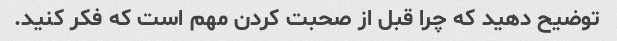
توضیح دهید که چرا قبل از صحبت کردن مهم است که فکر کنید.